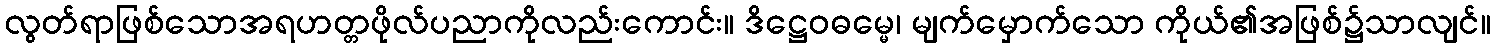
လွတ်ရာဖြစ်သောအရဟတ္တဖိုလ်ပညာကိုလည်းကောင်း။ ဒိဋ္ဌေဝဓမ္မေ၊ မျက်မှောက်သော ကိုယ်၏အဖြစ်၌သာလျင်။